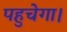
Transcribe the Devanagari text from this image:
पहुचेगा।